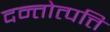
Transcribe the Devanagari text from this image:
दन्तोत्पत्ति